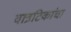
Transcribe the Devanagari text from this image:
वात्रटिकांचा